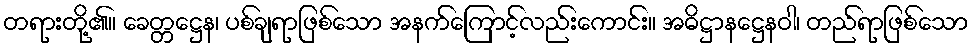
တရားတို့၏။ ခေတ္တဋ္ဌေန၊ ပစ်ချရာဖြစ်သော အနက်ကြောင့်လည်းကောင်း။ အဓိဋ္ဌာနဋ္ဌေနဝါ၊ တည်ရာဖြစ်သော